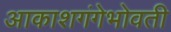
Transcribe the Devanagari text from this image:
आकाशगंगेभोवती